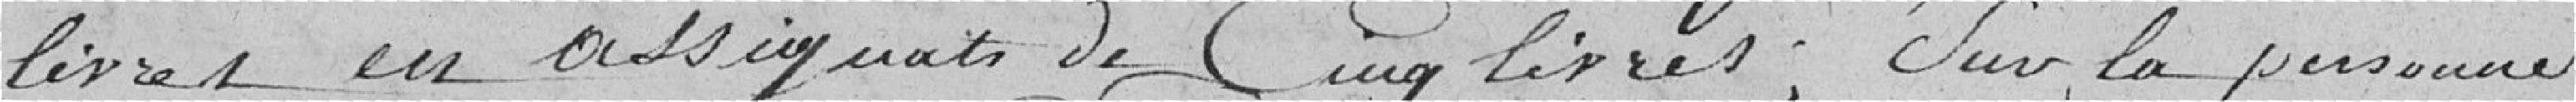
livres en assignats de cinq livres; sur la personne